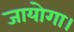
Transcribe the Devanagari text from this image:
जायोगा।